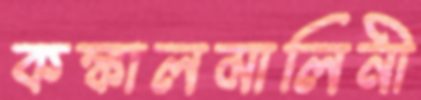
কঙ্কালমালিনী